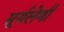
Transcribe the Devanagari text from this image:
सूर्यलेणी